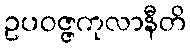
ဥပဝဇ္ဇကုလာနီတိ